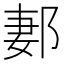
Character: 郪